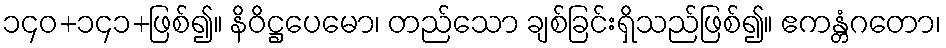
၁၄၀+၁၄၁+ဖြစ်၍။ နိဝိဋ္ဌပေမော၊ တည်သော ချစ်ခြင်းရှိသည်ဖြစ်၍။ ဧကန္တံဂတော၊